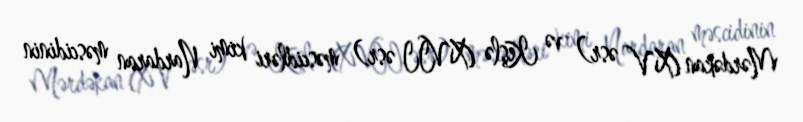
Mərdəkan (XV əsr) və Keşlə (XVII əsr) məscidləri kimi Nardaran məscidinin